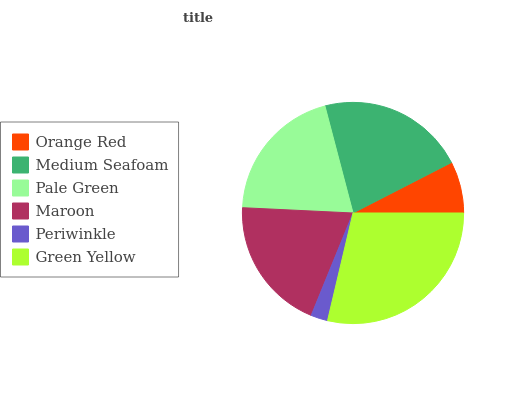
| Orange Red | Medium Seafoam | Pale Green | Maroon | Periwinkle | Green Yellow |
 | --- | --- | --- | --- | --- | --- |
 | 7.55% | 21.5% | 20.2% | 19.6% | 2.47% | 28.7% |